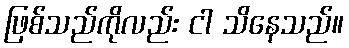
ဖြစ်သည်ကိုလည်း ငါ သိနေသည်။